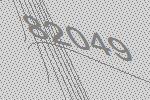
82049